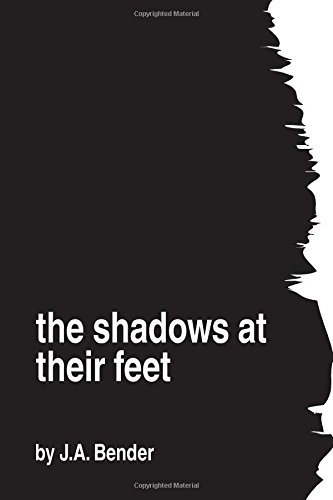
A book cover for The Shadows At Their Feet: Parts I & II; J.A. Bender; Science Fiction & Fantasy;